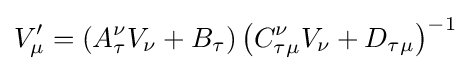
V_{\mu }^{\prime }=\left(A_{\tau }^{\nu }V_{\nu }+B_{\tau }\right)\left(C_{\tau \mu }^{\nu }V_{\nu }+D_{\tau \mu }\right)^{-1}